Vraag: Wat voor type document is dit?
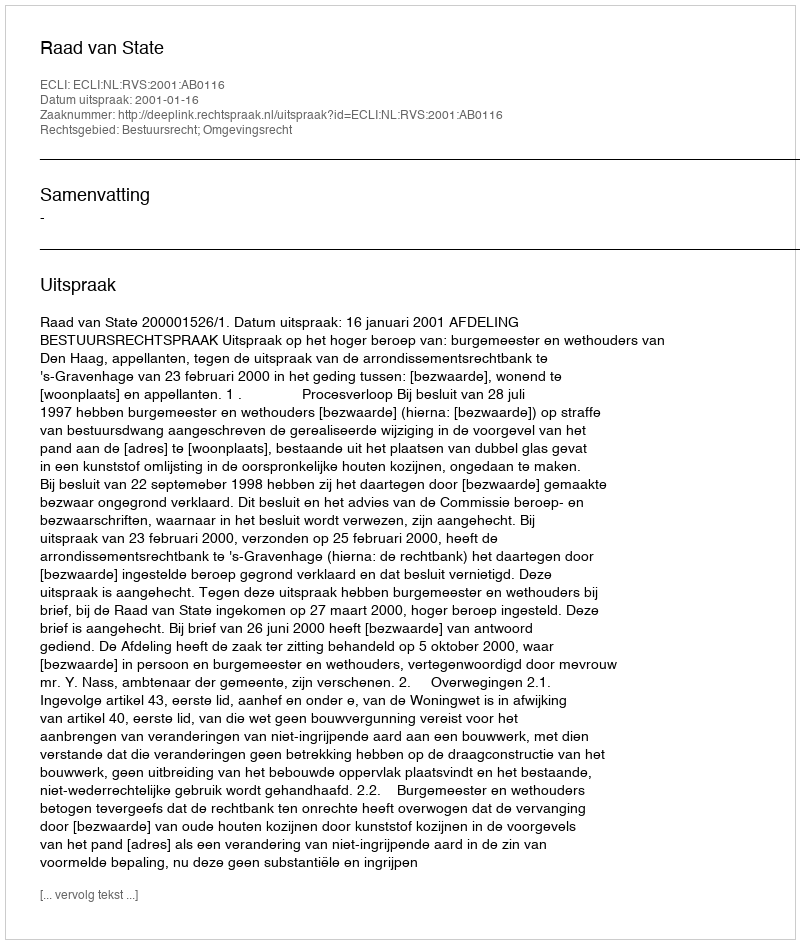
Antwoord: Uitspraak